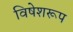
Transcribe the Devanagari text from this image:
विषेशरूप